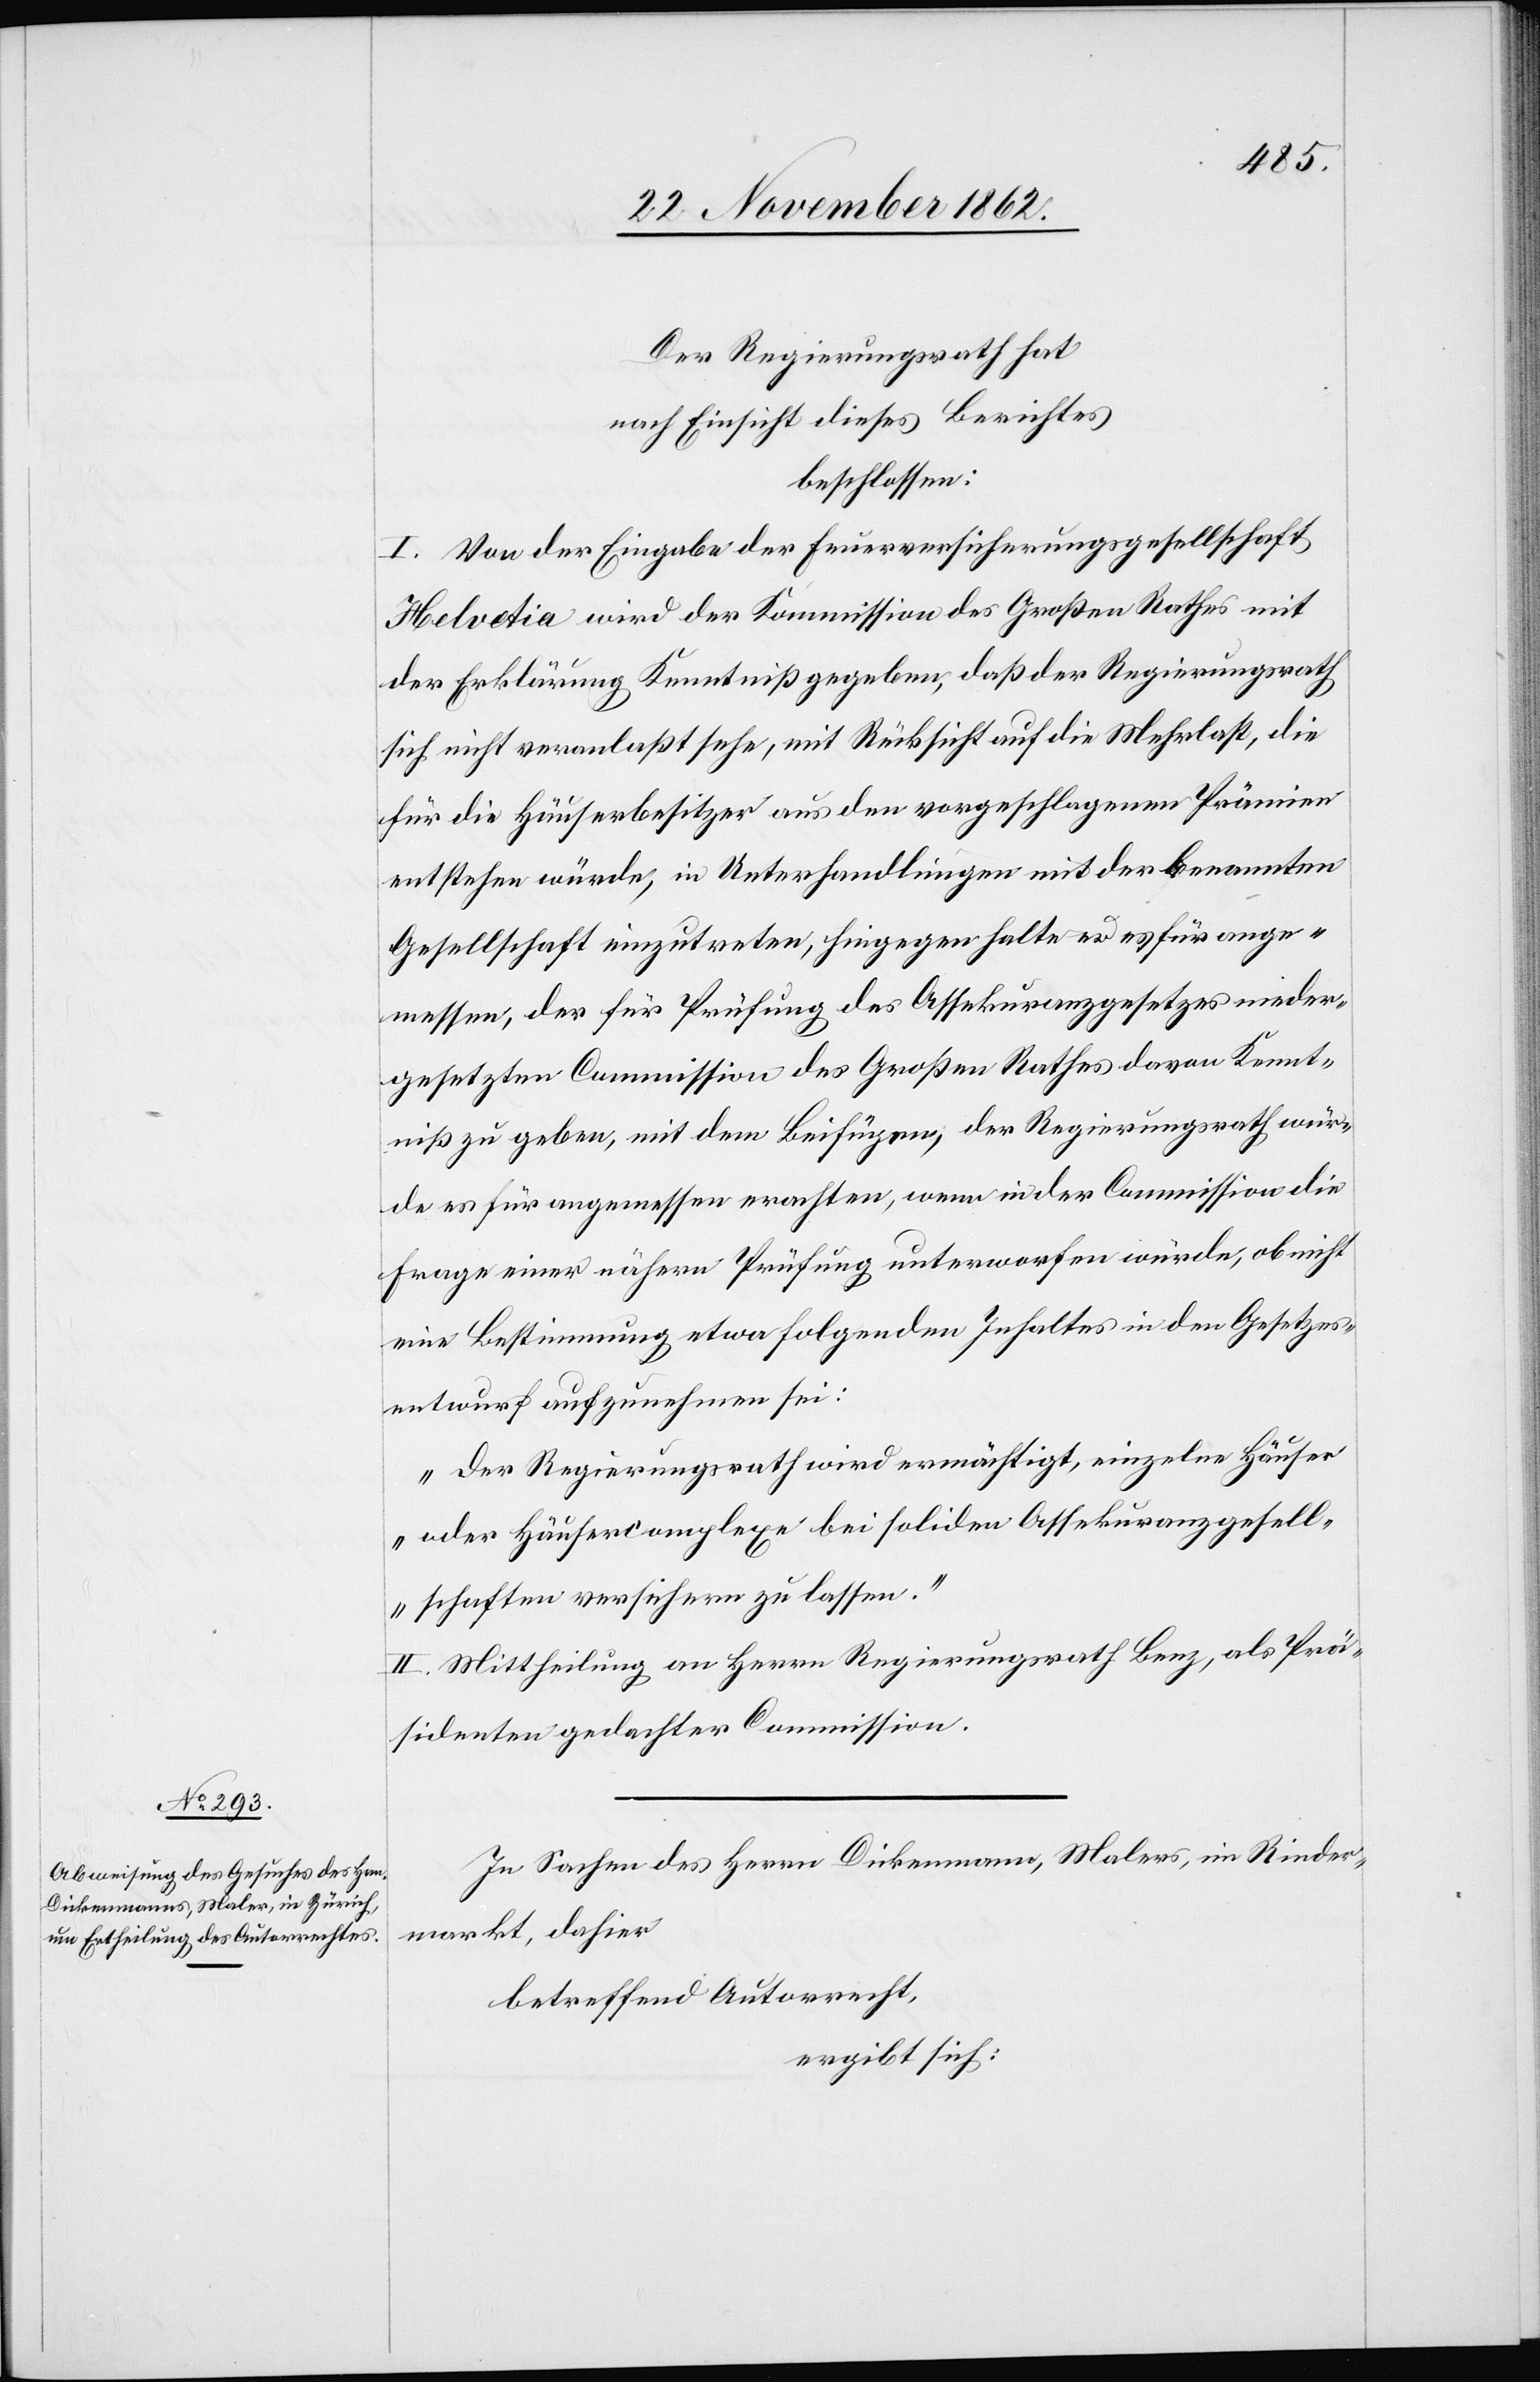
Der Regierungsrath hat
nach Einsicht dieses Berichtes
beschlossen:
I. Von der Eingabe der Feuerversicherungsgesellschaft
Helvetia wird der Kommission des Großen Rathes mit
der Erklärung Kenntniß gegeben, daß der Regierungsrath
sich nicht veranlaßt sehe, mit Rücksicht auf die Mehrlaß, die
für die Häuserbesitzer aus den vorgeschlagenen Prämien
entstehen würde, in Unterhandlungen mit der benannten
Gesellschaft einzutreten, hingegen halte er es für ange¬
messen der für Prüfung des Assekuranzgesetzes nieder¬
gesetzten Commission des Großen Rathes davon Kennt¬
niß zu geben, mit dem Beifügen, der Regierungsrath wür¬
de es für angemessen erachten, wenn in der Commission die
Frage einer nähern Prüfung unterworfen würde, ob nicht
eine Bestimmung etwa folgenden Inhaltes in den Gesetzes¬
entwurf aufzunehmen sei:
„Der Regierungsrath wird ermächtigt, einzelne Häuser
oder Häusercomplexe bei soliden Assekuranzgesell¬
schaften versichern zu lassen.“
II. Mittheilung an Herr Regierungsrath Benz, als Prä¬
sidenten gedachter Commission.
In Sachen des Herrn Dickenmann, Malers, in Rinder¬
markt, dahier
betreffend Autorrecht,
ergibt sich: